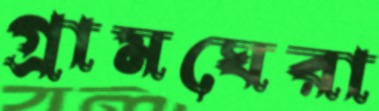
গ্রামঘেরা